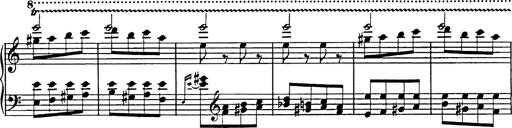
Title: Galop in A minor
Composer: Franz Liszt
Key: A minor